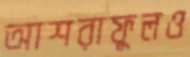
আশরাফুলও